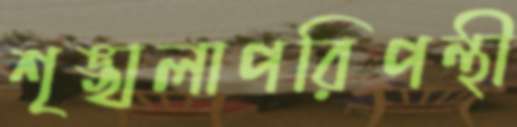
শৃঙ্খলাপরিপন্থী